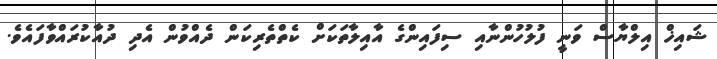
ޝައިޚް އިލްޔާސް ވަނީ ފުލުހުންނާއި ސިފައިންގެ އާއިލާތަކަށް ކެތްތެރިކަން ދެއްވުން އެދި ދުއާކުރައްވާފައެވެ.